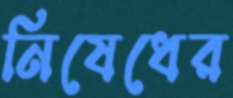
নিষেধের